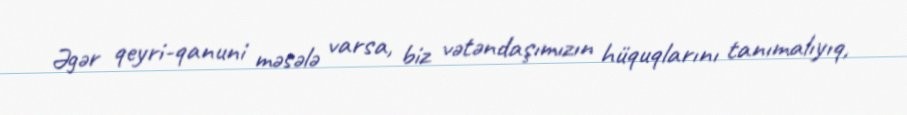
Əgər qeyri-qanuni məsələ varsa, biz vətəndaşımızın hüquqlarını tanımalıyıq,